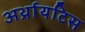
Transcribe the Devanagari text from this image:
अर्थ्रायटिस